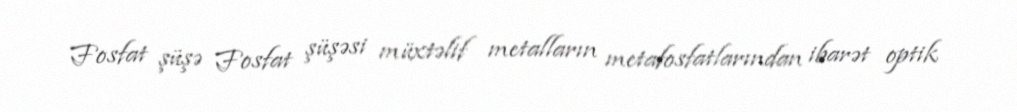
Fosfat şüşə Fosfat şüşəsi müxtəlif metalların metafosfatlarından ibarət optik